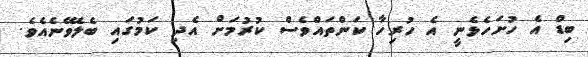
ބިޑް އެ ހުށަހެޅެނީ އެ ހުރިހާ ކަންތައްވެސް ކުރުމަށް އެދި ކަމުގައި ބެލެވޭނެއެވެ.